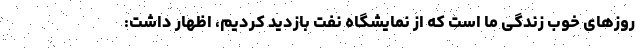
روزهای خوب زندگی ما است که از نمایشگاه نفت بازدید کردیم، اظهار داشت: